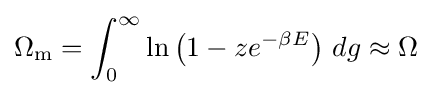
\Omega _{\rm {m}}=\int _{0}^{\infty }\ln \left(1-ze^{-\beta E}\right)\,dg\approx \Omega